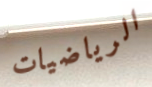
الرياضيات